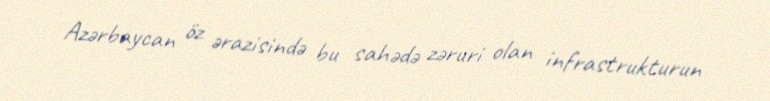
Azərbaycan öz ərazisində bu sahədə zəruri olan infrastrukturun